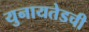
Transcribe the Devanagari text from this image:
युनायतेडची